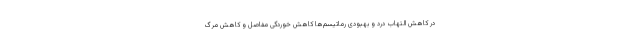
در کاهش التهاب درد و بهبودی رماتیسم‌ها کاهش خوردگی مفاصل و کاهش مرگ